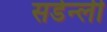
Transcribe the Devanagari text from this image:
सडेन्ली